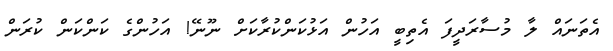
އެތަނައް ލާ މުސާރަދީފަ އެތިބީ އަހުން އަޅުކަންކުރާކަށް ނޫނޭ! އަހުންގެ ކަންކަން ކުރަން